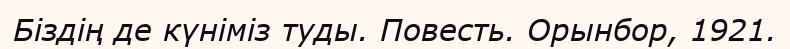
Біздің де күніміз туды. Повесть. Орынбор, 1921.